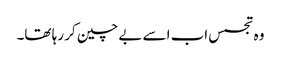
وہ تجسس اب اسے بے چین کر رہا تھا۔